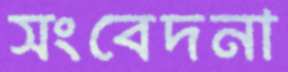
সংবেদনা